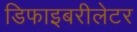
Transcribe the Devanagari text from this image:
डिफाइबरीलेटर